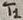
Text: T1